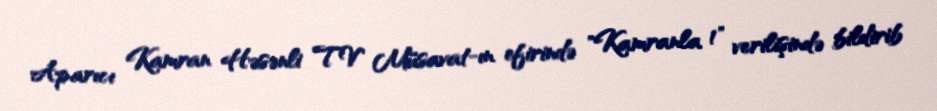
Aparıcı Kamran Həsənli TV Müsavat-ın efirində "Kamranla 1" verilişində bildirib